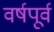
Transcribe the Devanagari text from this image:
वर्षपूर्व